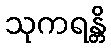
သုကရန္တိ